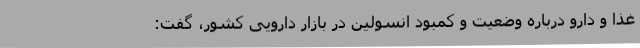
غذا و دارو درباره وضعیت و کمبود انسولین در بازار دارویی کشور، گفت: